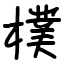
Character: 樸